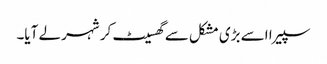
سپیرا اسے بڑی مشکل سے گھسیٹ کر شہر لے آیا۔